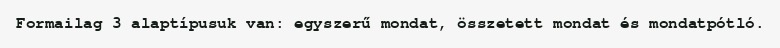
Formailag 3 alaptípusuk van: egyszerű mondat, összetett mondat és mondatpótló.